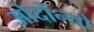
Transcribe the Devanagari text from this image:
ओर्दोन्यो